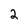
Character: 2